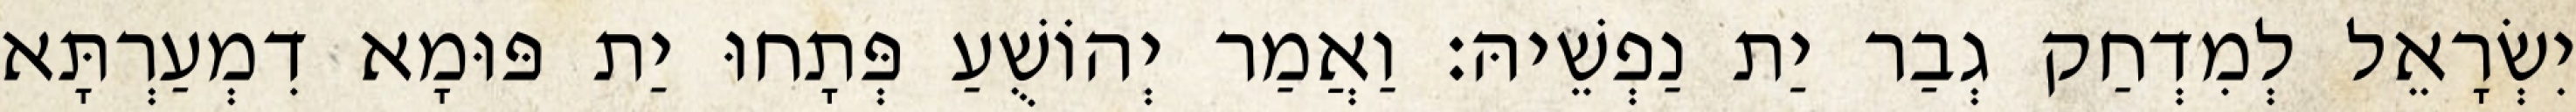
יִשְׂרָאֵל לְמִדְחַק גְבַר יַת נַפְשֵׁיהּ׃ וַאֲמַר יְהוֹשֻׁעַ פְּתָחוּ יַת פּוּמָא דִמְעַרְתָּא